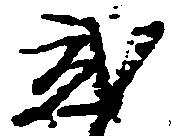
弐